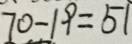
7 0 - 1 9 = 5 1